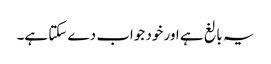
‏ یہ بالغ ہے اور خود جواب دے سکتا ہے۔